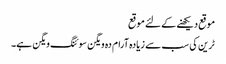
موقع دیکھنے کے لئے موقع
ٹرین کی سب سے زیادہ آرام دہ ویگن سوئنگ ویگن ہے۔